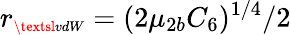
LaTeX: r_{\scriptscriptstyle\textsl{vdW}}=(2\mu_{2b}C_{6})^{1/4}/2